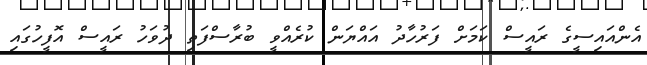
އެންއައިސީގެ ރައީސް ކަމަށް ފަރުހާދު އައްޔަން ކުރެއްވީ ބުރާސްފަތި ދުވަހު ރައީސް އޮފީހުގައި